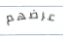
عرضهم